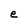
Character: e